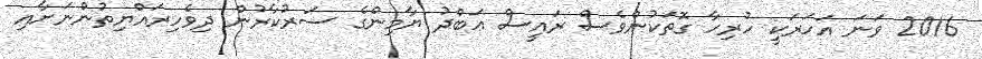
2016 ވަނަ އަހަރަކީ ހުރިހާ ގޮތަކުންވެސް ރައީސް ޢަބްދު ޔާމިންގެ ސަރުކާރުން ދިވެހިރައްޔިތުންނަށާއި